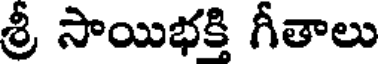
శ్రీ సాయిభక్తి గీతాలు